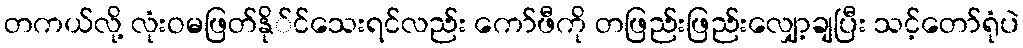
တကယ်လို့ လုံးဝမဖြတ်နို်င်သေးရင်လည်း ကော်ဖီကို တဖြည်းဖြည်းလျှော့ချပြီး သင့်တော်ရုံပဲ